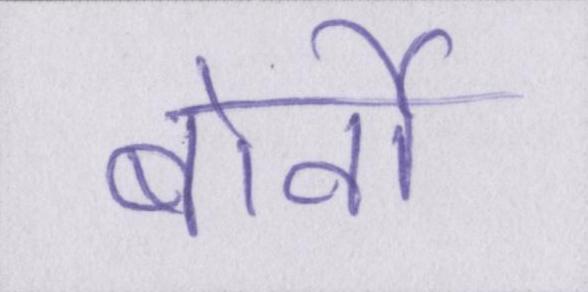
बोर्नो